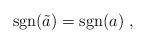
LaTeX: \begin{align*}{\rm sgn}(\tilde{a}) = {\rm sgn}(a) \;,\end{align*}